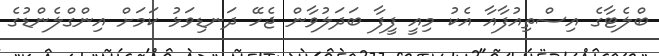
ބްލެޓާގެ އިސްތިއުފާއާ އެކު މިއީ ފީފާ ބަދަލުވާން ޖެހޭ ދަނޑިވަޅު ކަމަށް އިންގްލެންޑުގެ